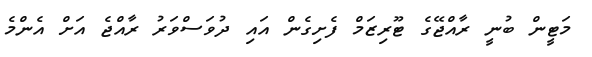
މަޓީން ބުނީ ރާއްޖޭގެ ޓޫރިޒަމް ފެށިގެން އައި ދުވަސްވަރު ރާއްޖެ އަށް އެންމެ